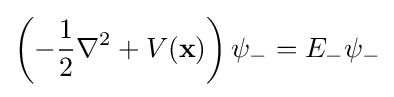
\left(-{\frac {1}{2}}\nabla ^{2}+V({\textbf {x}})\right)\psi _{-}=E_{-}\psi _{-}